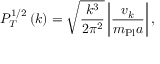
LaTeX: P _ { \cal T } ^ { 1 / 2 } \left( k \right) = \sqrt { \frac { k ^ { 3 } } { 2 \pi ^ { 2 } } } \left| { \frac { v _ { k } } { m _ { \mathrm { P l } } a } } \right| ,